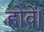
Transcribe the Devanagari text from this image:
होवें।